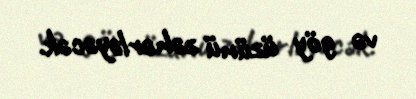
və göy üzünü zəhərləyəcək.